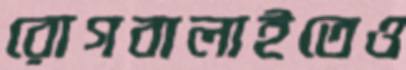
রোগবালাইতেও